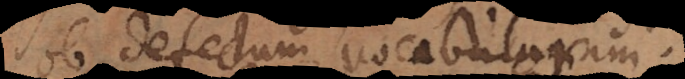
ob defectum vocabulorum.